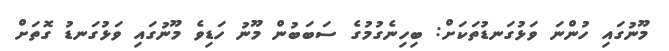
މޫނުގައި ހުންނަ ވަޅުގަނޑުތަކަށް: ބިހިނެގުމުގެ ސަބަބުން މޫނު ހަޑިވެ މޫނުގައި ވަޅުގަނޑު ގޮތަށް